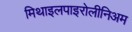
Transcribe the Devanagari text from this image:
मिथाइलपाइरोलीनिअम